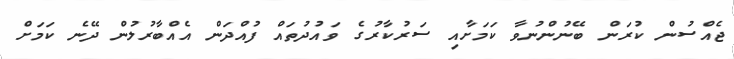
ޖެއްސުން ކުރަން ބޭނުންނުވާ ކަމަށާއި ސަރުކާރުގެ ވައުދުތައް ފުއްދަން އެއްބާރުލުން ދޭނެ ކަމަށް